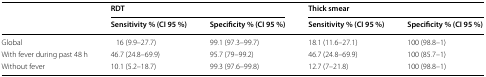
| <ROWSPAN=2>  | <COLSPAN=2> RDT | <COLSPAN=2> Thick smear |
 | Sensitivity % (CI 95 %) | Specificity % (CI 95 %) | Sensitivity % (CI 95 %) | Specificity % (CI 95 %) |
 | --- | --- | --- | --- | --- |
 | Global | 16 (9.9–27.7) | 99.1 (97.3–99.7) | 18.1 (11.6–27.1) | 100 (98.8–1) |
 | With fever during past 48 h | 46.7 (24.8–69.9) | 95.7 (79–99.2) | 46.7 (24.8–69.9) | 100 (85.7–1) |
 | Without fever | 10.1 (5.2–18.7) | 99.3 (97.6–99.8) | 12.7 (7–21.8) | 100 (98.8–1) |